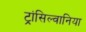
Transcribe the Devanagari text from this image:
ट्रांसिल्वानिया